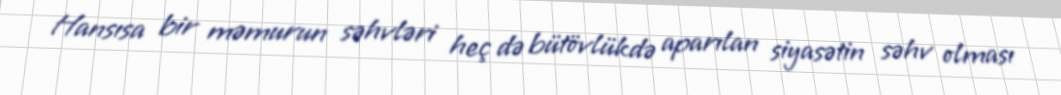
Hansısa bir məmurun səhvləri heç də bütövlükdə aparılan siyasətin səhv olması